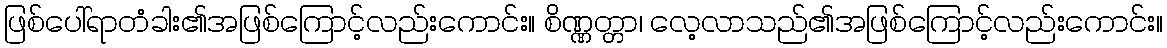
ဖြစ်ပေါ်ရာတံခါး၏အဖြစ်ကြောင့်လည်းကောင်း။ စိဏ္ဏတ္တာ၊ လေ့လာသည်၏အဖြစ်ကြောင့်လည်းကောင်း။